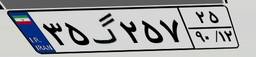
۳۵گ۲۵۷۲۵